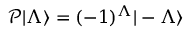
\mathcal { P } | \Lambda \rangle = ( - 1 ) ^ { \Lambda } | - \Lambda \rangle